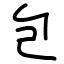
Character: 包